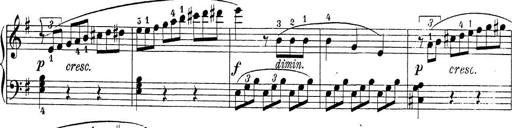
Title: Sonatina Album
Composer: Louis KÃ¶hler